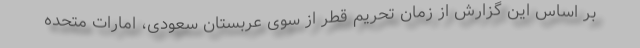
بر اساس این گزارش از زمان تحریم قطر از سوی عربستان سعودی، امارات متحده